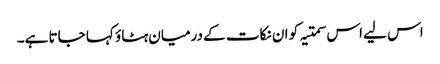
اس لیے اس سمتیہ کو ان نکات کے درمیان ہٹاؤ کہا جاتا ہے۔